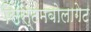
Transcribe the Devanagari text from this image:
सिस्टमबोलागेट